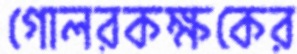
গোলরকক্ষকের